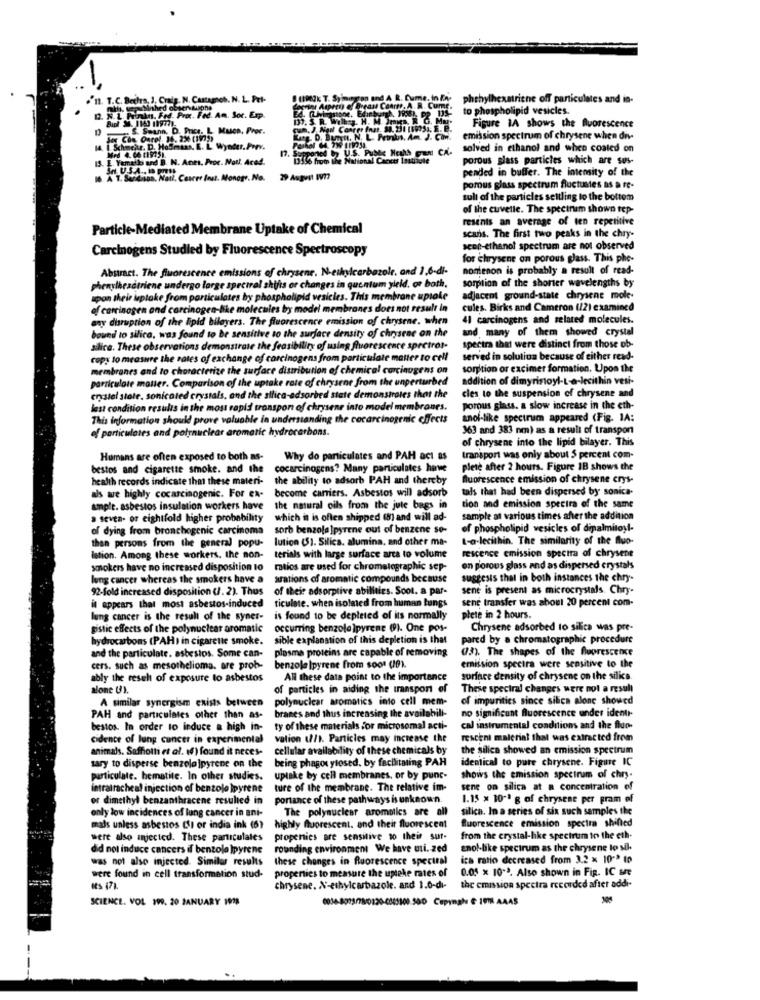
11. T.C. Bethes, J, Craig. N. Castagsch. N. L. Pet-
(1903k T. Syington and A R. Cume, in En-
phthylhexstriche off particulates and in-
this. ucp Nished obsen sione
Leprint Ampren of Breast Ceart. A. R. Cumr.
to phospholipid vesicles.
.N. L. Printns. Frd. Proc. Fed. Am. Sor. Exp.
Bupl . 1143 199771.
Figure 1A shows the fluorescence
. S. Seann. D. Price. L. Much, Proc.
Set Con Onrel, 14, 2% (1972)
Lang. D. Bunytt. N. L. Porkn. Am. J. COM.
emission spectrum of chrysene when dn-
14. | Schmehr, D. Hoffmans. E. L. Wynter. Porv.
Med 4.66 11MOST
solved in ethanol and when coated on
13. L. Yemail and B. N. Ants. Proc. Not !. Aced.
porous glass particles which are sus-
pended in buffer. The intensity of the
16. A. T. Sardina, Natl. Caarrr Inut. Monogr. No.
29 August WV ??
porous glass spectrum fluctuates as a re-
sull of the particles settling to the bottom
of the cuvette. The spectrum shown tep-
resanis an average of ten repetitive
Particle-Mediated Membrane Uptake of Chemical
scans. The first two peaks in the chry-
Carcinogens Studied by Fluorescence Spectroscopy
seee-ethanol spectrum are not observed
for chrysene on porous glass. This phe-
Abstract. The fluorescence emissions of chrysene. N-ethylcarbazole, and 1,6-di-
nomenon is probably a result of read-
sorption of the shorter wavelengths by
phenylhesatriene undergo large spectral shifts or changes in que nium yield. or both.
upon their iuptake from particulates by phospholipid vesicles. This membrane uptake
adjacent ground-state chrysene mole-
of carrinogen ond carcinogen-hike molecules by model membranes does not result in
cules. Birks and Cameron (12) examined
any disruption of the lipid bilayers. The fluorescence emission of chrysene. when
41 carcinogens and related molecules.
bound to silica, was found to be sensitive to the surface density of chrysene on the
and many of them showed crystal
silice. These observations demonstrate the feasibility of using fluorescence spectros-
spectra that were distinct from those ob-
copy to measure the rates of exchange of carcinogens from particulate matter to cell
served in solution because of either read-
membranes and to characterize the surface distribution of chemical carcinogens on
sorption or excimer formation. Upon the
particulate matter. Comparison of the uptake rate of chrysent from the unperturbed
addition of dimyristoyl-L-a-lecithin vesi-
cles to the suspension of chrysene and
crystal state. sonicated crystals, and the silica-adsorbed state demonstrates that the
lest condition results in the most rapid transport of chrysene into model membranes.
porous glass. a slow increase in the eth-
This information should prove valuable in understanding the cocarcinogenic effects
anoi-like spectrum appeared (Fig. 1A:
of particulates and polynuclear aromatic hydrocarbons.
363 and 383 nm) as a result of transpon
of chrysene into the lipid bilayer. This
Humans are often exposed to both as-
Why do particulates and PAH act as
transport was only about 5 percent com-
bestos and cigarette smoke. and the
cocarcinogens? Many particulates have
plete after 2 hours. Figure IB shows the
health records indicate ihm these materi- the ability to adsorb PAH and thereby
fluorescence emission of chrysene crys-
als we highly cocarcinogenic. For ex-
als we highly cocarcinogenic. For ex- become carriers. Asbestos will adsorb
tals that had been dispersed by sonica-
ample. asbestos insulation workers have
the natural oils from the jule bags in
tion and emission spectra of the same
a seven. of eightfold higher probability which it is often shipped (8) and will ad-
which it is often shipped (8) and will ad-
sample at various times after the addition
of dying from bronchogenic carcinoma
sorb benzola ]pyrene out of benzene se-
of phospholipid vesicles of dipalmitoyl-
then persons from the general popu-
lution (51. Silica. alumina, and other ma-
t-a-lecithin. The similarity of the fluo-
rescence emission spectra of chrysent
Istion. Among these workers, the non-
terials with large surface area to volume
smokers have no increased disposition to
ratios are used for chromatographic sep-
en porous glass and as dispersed crystals
lung cancer whereas the smokers have a
arations of aromatic compounds because
suggests that in both instances the chry-
92-fold increased disposition (1. 2). Thus
of their adsorptive abilities. Soot. a par-
sene is present as microcrystals. Chry-
ticulete. when isolated from human tungs
sene transfer was about 20 percent com-
it appears that most asbestos-induced
lung cancer is the result of the syner-
is found to be depleted of its normally
plete in 2 hours.
gistic effects of the polynuclear aromatic
occurring benzola)pyrene (0). One pos-
Chrysene adsorbed to silica was pre-
hydrocarbons (PAH) in cigarette smoke.
sible explanation of this depletion is that
pared by a chromatographic procedure
and the particulate. asbestos. Some can-
plasma proteins are capable of removing
(73). The shapes of the fluorescence
cers. such as mesothelioma. are prob-
benzole |pyrene from soot (19).
emission spectra were sensitive to the
ably the result of exposure to asbestos
All these data point to the importance
surface density of chrysene on the silics.
alone U).
of particles in aiding the transport of
These spectral changes were not a result
polynuclear aromatics into cell mem-
of impurities since silica alone showed
A similar synergism exists between
no significant fluorescence under identi-
PAH and particulates other than as-
branes and thus increasing the availabili-
bestos. In order to induce a high in-
ty of these materials for microsomal acti-
cal instrumental conditions and the fluo-
cidence of lung cancer in experimental
vation 1f/1. Particles may increase the
rescent material that was extracted from
animals. Saffiotti et al. () found it neces-
cellular availability of these chemicals by
the silica showed an emission spectrum
being phagot ylosed. by facilitating PAH
identical to pure chrysene. Figure IC
sary to disperse benzelolpyrene on the
particulate. bematite. In other studies.
uptake by cell membranes, or by punc-
shows the emission spectrum of chry.
intratracheal injection of bentole pyrene
ture of the membrane. The relative im-
sene on silica at a concentration of
or dimethyl benzanthracene resulted in
portance of these pathways is unknown.
1.15 x 10-1 g of chrysene per pram of
only low incidences of lung cancer in ani-
The polynuclear aromatics are all
silica. In a series of six such samples the
fluorescence emission spectra shifted
mads unless asbestos Si or india ink (6)
highly fluorescent. and their fluorescent
were also injected. These particulates
propenies are sensitive to their sur-
from the crystal-hike spectrum to the eth-
did not induce cancers il bentole )pyrene
rounding environment We have uti. zed
enol-like spectrum as the chrysene lo sil.
was not also injected. Similar results
these changes in fluorescence spectral
ica ratio decreased from 3.2 x 10"> to
properties to measure the uptake rates of
0.05 x 10.3. Also shown in Fig. IC se
were found in cell transformation stud-
chrysene. N-ethylcarbazole. and 1.0-di-
the emission spectra recorded after addi-
SCIENCE. VOL 199, 20 JANUARY 1998